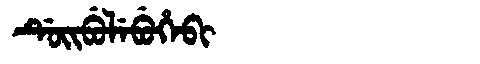
Manchu: ᡩᡠᡳᠪᡠᠯᡝᠪᡠᡥᡝᠪᡳ
Romanization: DUIBULEBUHEBI